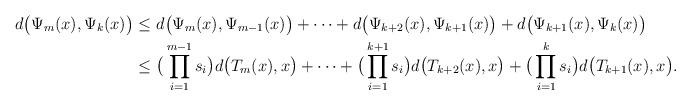
LaTeX: \begin{align*}d\big(\Psi_m(x),\Psi_k(x)\big) \le &~ d\big(\Psi_m(x),\Psi_{m-1}(x)\big) + \dots + d\big(\Psi_{k+2}(x),\Psi_{k+1}(x) \big)+d\big(\Psi_{k+1}(x),\Psi_k(x) \big)\\\le &~ \big(\prod_{i=1}^{m-1}s_i\big) d\big(T_m(x),x\big)+\dots + \big(\prod_{i=1}^{k+1}s_i\big) d\big(T_{k+2}(x),x \big)+ \big(\prod_{i=1}^{k}s_i\big) d\big(T_{k+1}(x), x \big).\end{align*}